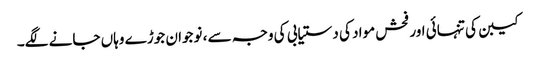
کیبن کی تنہائی اور فحش مواد کی دستیابی کی وجہ سے ، نوجوان جوڑے وہاں جانے لگے۔